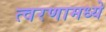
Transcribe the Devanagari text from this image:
त्वरणामध्ये